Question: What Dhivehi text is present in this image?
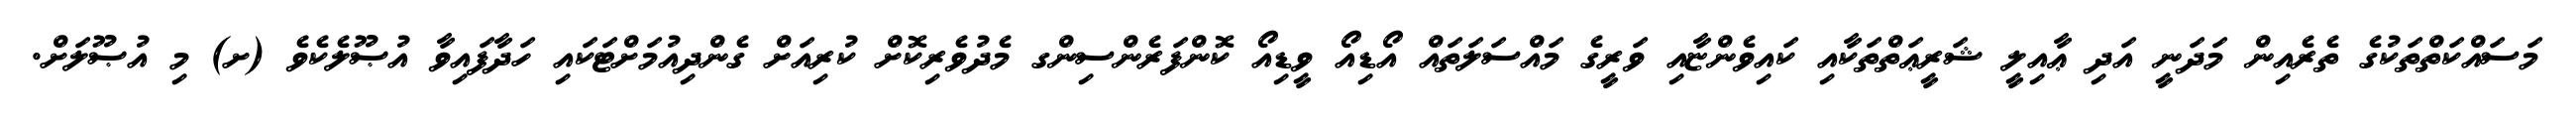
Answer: މަސައްކަތްތަކުގެ ތެރެއިން މަދަނީ އަދި ޢާއިލީ ޝަރީޢަތްތަކާއި ކައިވެންޏާއި ވަރީގެ މައްސަލަތައް އޯޑިއޯ ވީޑިއޯ ކޮންފަރެންސިންގ މެދުވެރިކޮށް ކުރިއަށް ގެންދިއުމަށްޓަކައި ހަދާފައިވާ އުޞޫލެކެވެ (ށ) މި އުޞޫލަށް.